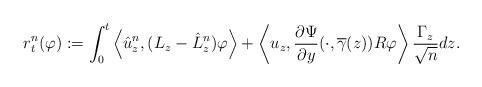
LaTeX: \begin{align*}r^n_t(\varphi):= \int_0^t \left< \hat{u}^{n}_{z}, (L_z-\hat{L}_z^n) \varphi\right> + \left< u_{z},\frac{\partial \Psi}{\partial y}(\cdot,\overline{\gamma}(z))R\varphi \right> \frac{\Gamma_{z}}{\sqrt{n}} dz.\end{align*}